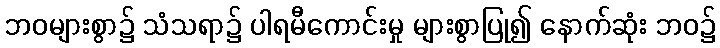
ဘဝများစွာ၌ သံသရာ၌ ပါရမီကောင်းမှု များစွာပြု၍ နောက်ဆုံး ဘဝ၌